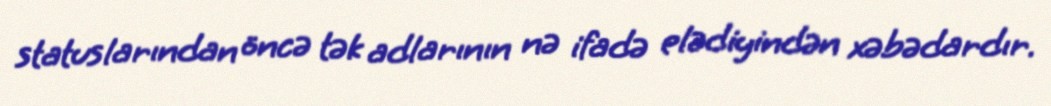
statuslarından öncə tək adlarının nə ifadə elədiyindən xəbədardır.